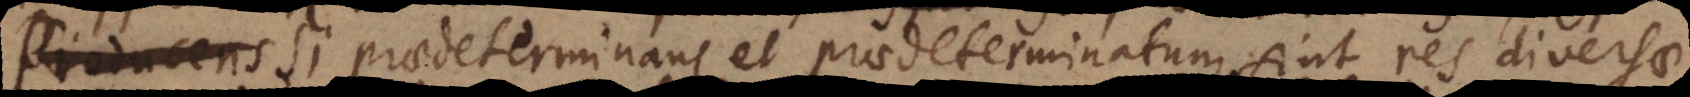
Si praedeterminans et praedeterminatum sint res diversae